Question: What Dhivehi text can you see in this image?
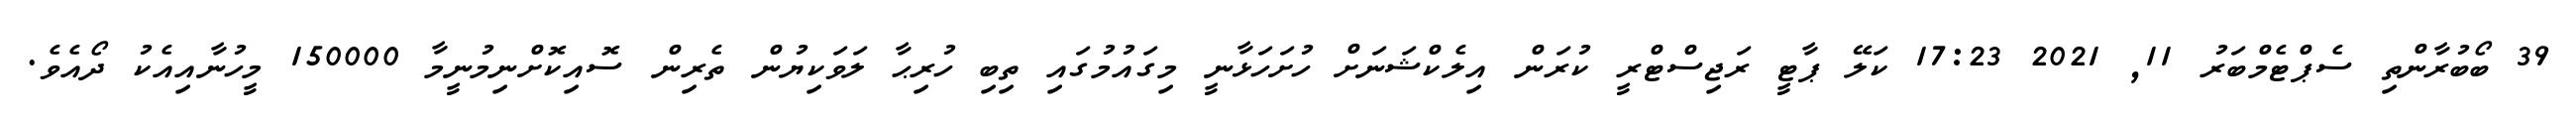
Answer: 39 ބޯބުރާންތި ސެޕްޓެމްބަރު 11, 2021 17:23 ކަލޭ ޕާޓީ ރަޖިސްޓްރީ ކުރަން އިލެކްޝަނަށް ހުށަހަޅާނީ މިގައުމުގައި ތިބި ހުރިޙާ ލަވަކިޔުން ތެރިން ސޮއިކޮށްނިމުނީމާ 150000 މީހުނާއިއެކު ދޯއެވެ.